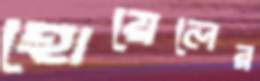
হোয়েলের